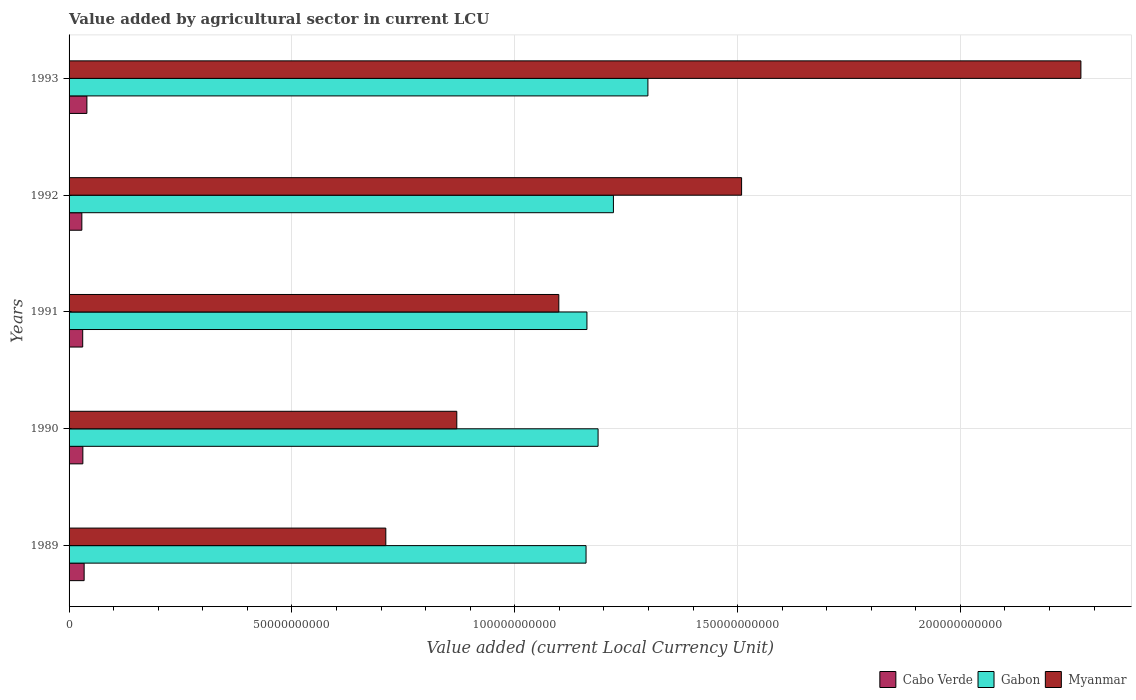
| Years | Cabo Verde | Gabon | Myanmar |
 | --- | --- | --- | --- |
 | 1989 | 3.38e+09 | 1.16e+11 | 7.11e+10 |
 | 1990 | 3.09e+09 | 1.19e+11 | 8.7e+10 |
 | 1991 | 3.06e+09 | 1.16e+11 | 1.1e+11 |
 | 1992 | 2.87e+09 | 1.22e+11 | 1.51e+11 |
 | 1993 | 4e+09 | 1.3e+11 | 2.27e+11 |